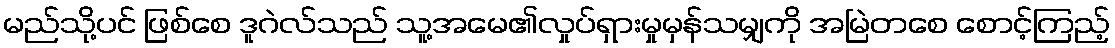
မည်သို့ပင် ဖြစ်စေ ဒူဂဲလ်သည် သူ့အမေ၏လှုပ်ရှားမှုမှန်သမျှကို အမြဲတစေ စောင့်ကြည့်